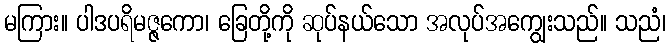
မကြား။ ပါဒပရိမဇ္ဇကော၊ ခြေတို့ကို ဆုပ်နယ်သော အလုပ်အကျွေးသည်။ သညံ၊